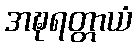
အဍ္ဎရတ္တာယံ